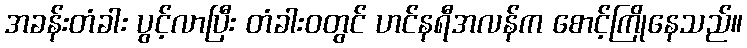
အခန်းတံခါး ပွင့်လာပြီး တံခါးဝတွင် ဟင်နရီအလန်က စောင့်ကြိုနေသည်။